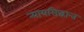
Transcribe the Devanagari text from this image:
न्यायसिद्धान्त